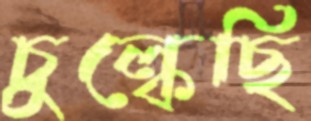
চুল্‌কেছি